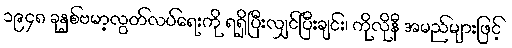
၁၉၄၈ ခုနှစ်ဗမာ့လွတ်လပ်ရေးကို ရရှိပြီးလျှင်ပြီးချင်း၊ ကိုလိုနီ အမည်များဖြင့်